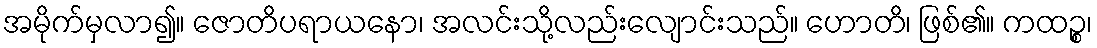
အမိုက်မှလာ၍။ ဇောတိပရာယနော၊ အလင်းသို့လည်းလျောင်းသည်။ ဟောတိ၊ ဖြစ်၏။ ကထဉ္စ၊